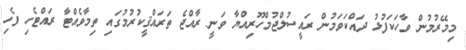
މިމޭރުމުން ވާހަކަފުޅު ދައްކަވަމުން ރައީސުލްޖުމްހޫރިއްޔާ ވަނީ ރާއްޖެ ތަރައްޤީކުރުމުގައި ތިމާވެއްޓާ ރައްޓެހި ފެހި